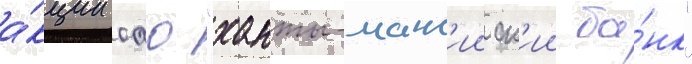
а́кции оао "ханты-манс'ииск'ии ба́нк"